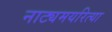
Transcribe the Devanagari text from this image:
नाट्यमयरित्या